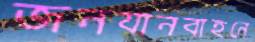
জনযানবাহনে